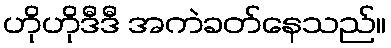
ဟိုဟိုဒီဒီ အကဲခတ်နေသည်။